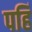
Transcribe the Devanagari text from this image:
पहिं